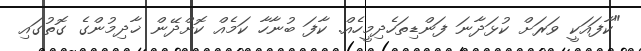
"ކާފައަކީ ވަރަށް ކުޅަދާނަ ފަންޑިތަހެދިމީހެއް. ކާފަ ބުނާހާ ކަމެއް ކޮށްދޭން ޚާދިމުންގެ ގޮތުގައި